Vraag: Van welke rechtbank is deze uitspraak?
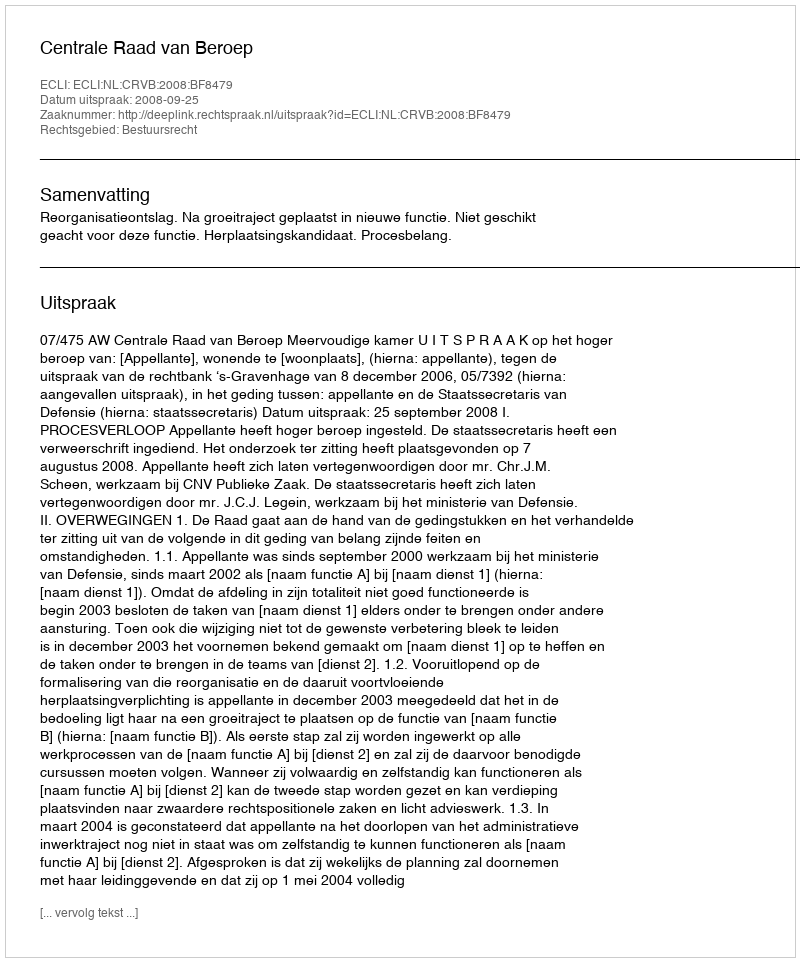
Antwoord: Centrale Raad van Beroep